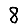
Digit: 8